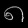
Digit: ၈